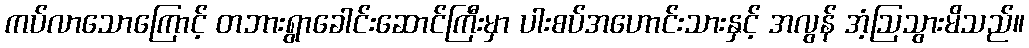
ကပ်လာသောကြောင့် တဘားရွာခေါင်းဆောင်ကြီးမှာ ပါးစပ်အဟောင်းသားနှင့် အလွန် အံ့ဩသွားမိသည်။